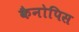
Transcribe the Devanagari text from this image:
कैनोपिस